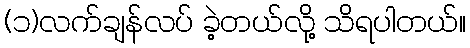
(၁)လက်ချန်လပ် ခဲ့တယ်လို့ သိရပါတယ်။